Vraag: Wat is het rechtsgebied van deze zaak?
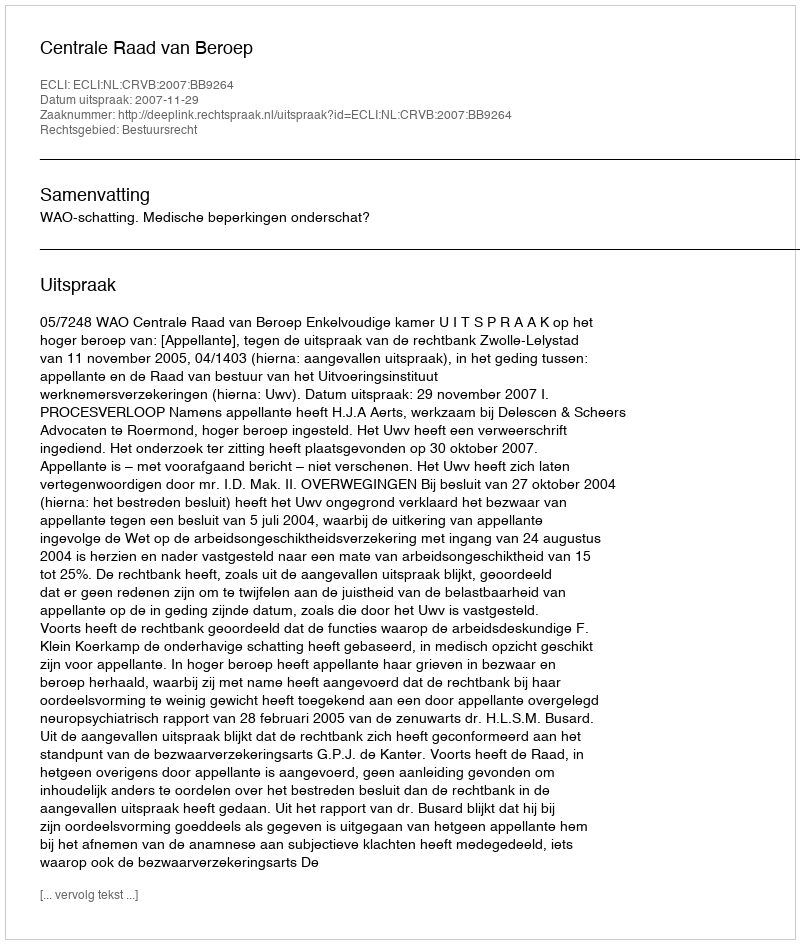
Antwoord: Bestuursrecht